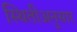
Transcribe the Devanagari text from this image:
स्थितीअनुसार